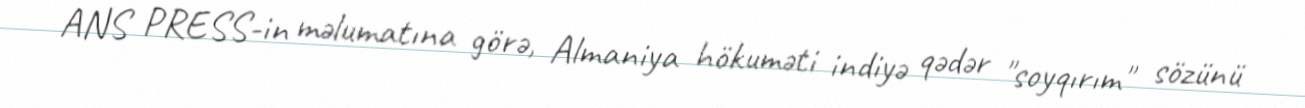
ANS PRESS-in məlumatına görə, Almaniya hökuməti indiyə qədər "soyqırım" sözünü